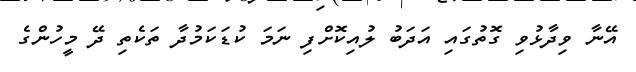
އޭނާ ވިދާޅުވި ގޮތުގައި އަދަބު ލުއިކޮށްފި ނަމަ ކުޑަކަމުދާ ތަކެތި ދޭ މީހުންގެ